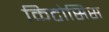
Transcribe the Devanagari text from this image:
किटोसिस